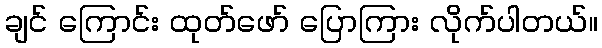
ချင် ကြောင်း ထုတ်ဖော် ပြောကြား လိုက်ပါတယ်။